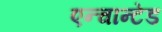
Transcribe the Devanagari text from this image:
एन्चान्टेड